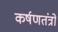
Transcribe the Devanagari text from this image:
कर्षणतंत्रों